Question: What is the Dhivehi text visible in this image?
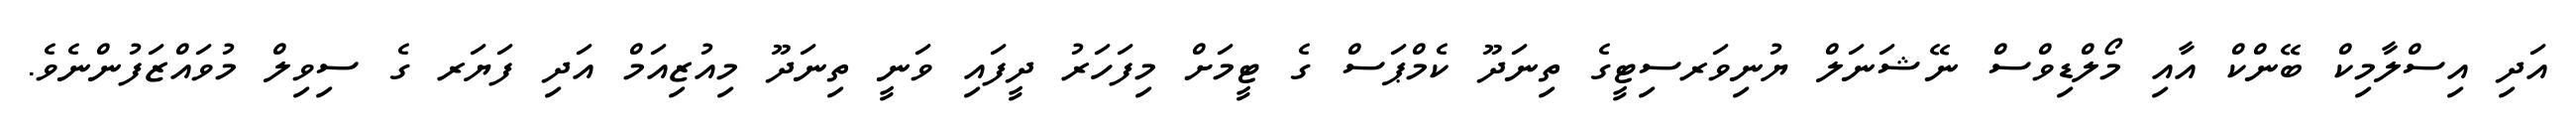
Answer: އަދި އިސްލާމިކް ބޭންކް އާއި މޯލްޑިވްސް ނޭޝަނަލް ޔުނިވަރސިޓީގެ ތިނަދޫ ކެމްޕަސް ގެ ޓީމަށް މިފަހަރު ދީފައި ވަނީ ތިނަދޫ މިއުޒިއަމް އަދި ފަޔަރ ގެ ސިވިލް މުވައްޒަފުންނެވެ.